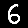
Digit: 6